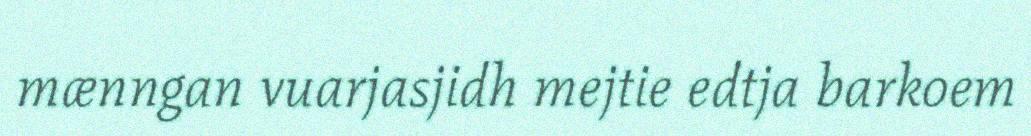
mænngan vuarjasjidh mejtie edtja barkoem